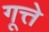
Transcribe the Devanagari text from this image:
गूत्ते